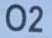
O2